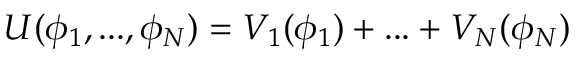
U ( \phi _ { 1 } , . . . , \phi _ { N } ) = V _ { 1 } ( \phi _ { 1 } ) + . . . + V _ { N } ( \phi _ { N } )